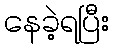
နေခဲ့ရပြီး